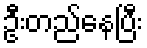
ဦးတည်နေပြီး